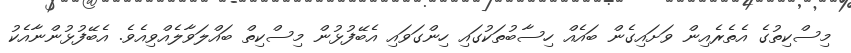
މިސްކިތުގެ އެތެރެއިން ވަށައިގެން ބައެއް ހިސާބުތަކުގައި ހިންގަވައި އެބޭފުޅުން މިސްކިތް ބައްލަވާލެއްވިއެވެ. އެބޭފުޅުންނާއެކު